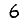
Digit: 6